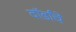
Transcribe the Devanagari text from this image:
वॉर्डांचे